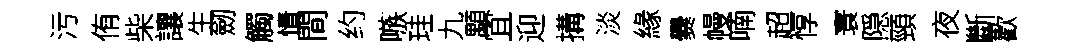
污侑柴讓生劒觸情間约嗾珪九顒冝迎搆淡緣爨幔喃超惇寰隠頸夜斷歡